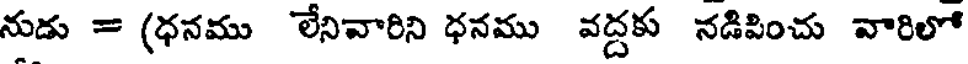
నుడు = (ధనము లేనివారిని ధనము వద్దకు నడిపించు వారిలో